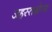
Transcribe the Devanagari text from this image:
अहस्तक्षेप्य